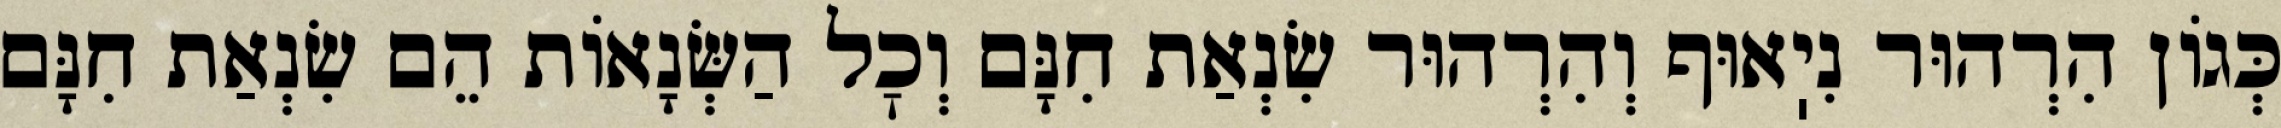
כְּגוֹן הִרְהוּר נִיֽאוּף וְהִרְהוּר שִׂנְאַת חִנָּם וְכׇל הַשְּׂנָאוֹת הֵם שִׂנְאַת חִנָּם